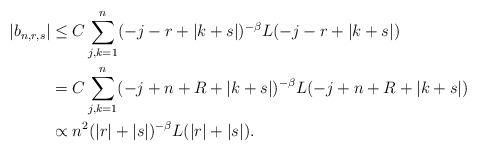
LaTeX: \begin{align*}|b_{n,r,s}|&\le C\sum_{j, k=1}^n(-j-r+|k+s|)^{-\beta}L(-j-r+|k+s|)\\&=C\sum_{j, k=1}^n(-j+n+R+|k+s|)^{-\beta}L(-j+n+R+|k+s|)\\& \propto n^2(|r|+|s|)^{-\beta}L(|r|+|s|). \end{align*}